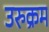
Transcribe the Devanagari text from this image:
उरुक्रम